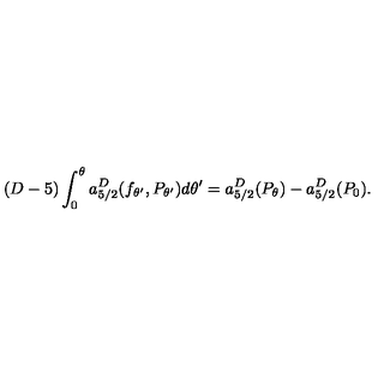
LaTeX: ( D - 5 ) \int _ { 0 } ^ { \theta } a _ { 5 / 2 } ^ { D } ( f _ { \theta ^ { \prime } } , P _ { \theta ^ { \prime } } ) d \theta ^ { \prime } = a _ { 5 / 2 } ^ { D } ( P _ { \theta } ) - a _ { 5 / 2 } ^ { D } ( P _ { 0 } ) .